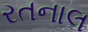
રતનાલ